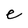
Character: e